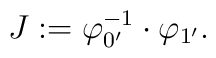
J:=\varphi_{0^{\prime}}^{-1}\cdot\varphi_{1^{\prime}}.